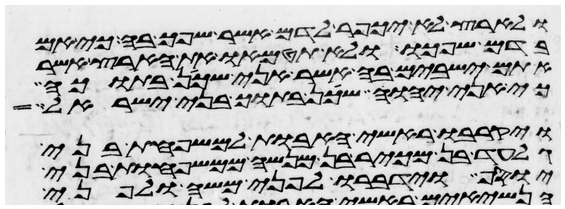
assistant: ולארץ לא יכפר לדם אשר שפך בה כי אם
בדם שפכו ולא תטמאו את הארץ אשר
אתם ישבים בה אשר אני שכן בתוכה
כי אני יהוה שכן בתוך בני ישראל
ויקרבו ראשי האבות למשפחות בני
גלעד בן מכיר בן מנשה ממשפחות בני
יוסף וידברו לפני משה ולפני